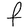
Character: F